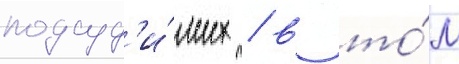
подсуд'и́мых / в то́м